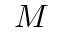
M